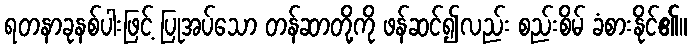
ရတနာခုနစ်ပါးဖြင့် ပြုအပ်သော တန်ဆာတို့ကို ဖန်ဆင်၍လည်း စည်းစိမ် ခံစားနိုင်၏။